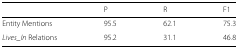
<table><thead><tr><td></td><td><b>P</b></td><td><b>R</b></td><td><b>F1</b></td></tr></thead><tbody><tr><td>Entity Mentions</td><td>95.5</td><td>62.1</td><td>75.3</td></tr><tr><td><i>Lives_In</i> Relations</td><td>95.2</td><td>31.1</td><td>46.8</td></tr></tbody></table>